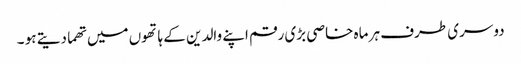
دوسری طرف ہر ماہ خاصی بڑی رقم اپنے والدین کے ہاتھوں میں تھما دیتے ہو ۔